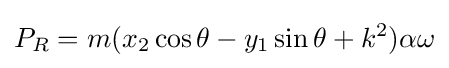
P_{R}=m(x_{2}\cos \theta -y_{1}\sin \theta +k^{2})\alpha \omega